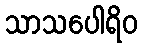
သာသပေါရိဝ